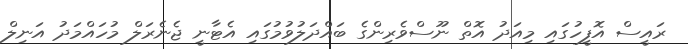
ރައީސް އޮފީހުގައި މިއަދު އޮތް ނޫސްވެރިންގެ ބައްދަލުވުމުގައި އެޓާނީ ޖެނެރަލް މުހައްމަދު އަނިލް